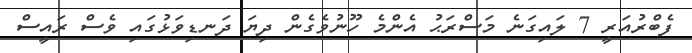
ފެބްރުއަރީ 7 ލައިގަނެ މަސްރަޙު އެންމެ ހޫނުވެގެން ދިޔަ ދަނޑިވަޅުގައި ވެސް ރައީސް